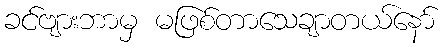
ခင်ဗျားဘာမှ မဖြစ်တာသေချာတယ်နော်